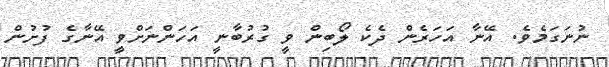
ނުނަގަމެވެ. އޭނާ އަހަރެން ދެކެ ލޯބިން ވީ ގުރުބާނީ އަހަންނަށްވީ އޭނާގެ ފުށުން